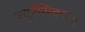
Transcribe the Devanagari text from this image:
ज्युरॅसिकच्या